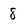
Character: 8